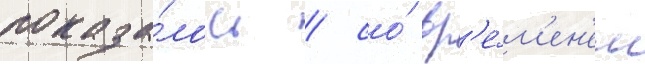
показа́лось / со́ вр'е́м'ен'ем